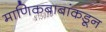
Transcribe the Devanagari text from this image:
माणिकबाबांकडून